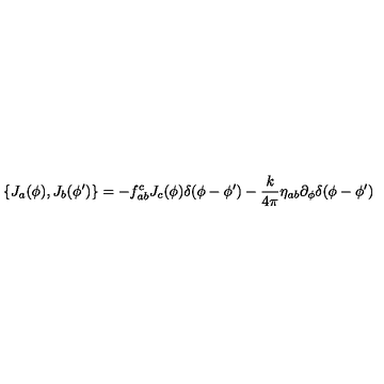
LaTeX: \{ J _ { a } ( \phi ) , J _ { b } ( \phi ^ { \prime } ) \} = - f _ { a b } ^ { c } J _ { c } ( \phi ) \delta ( \phi - \phi ^ { \prime } ) - \frac { k } { 4 \pi } \eta _ { a b } \partial _ { \phi } \delta ( \phi - \phi ^ { \prime } )